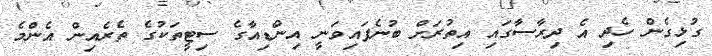
ގުޅިގެން ހެދި އެ ދިރާސާގައި އިތުރަށް ބުނެފައިވަނީ އިންޑިއާގެ ސިޓީތަކުގެ ތެރެއިން އެންމެ